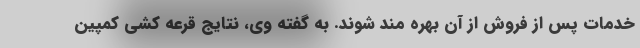
خدمات پس از فروش از آن بهره مند شوند. به گفته وی، نتایج قرعه کشی کمپین